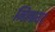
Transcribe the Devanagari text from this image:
मिलाय।